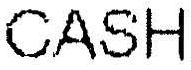
CASH